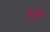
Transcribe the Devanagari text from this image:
इलुरु